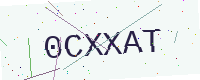
Text: 0CXXAT